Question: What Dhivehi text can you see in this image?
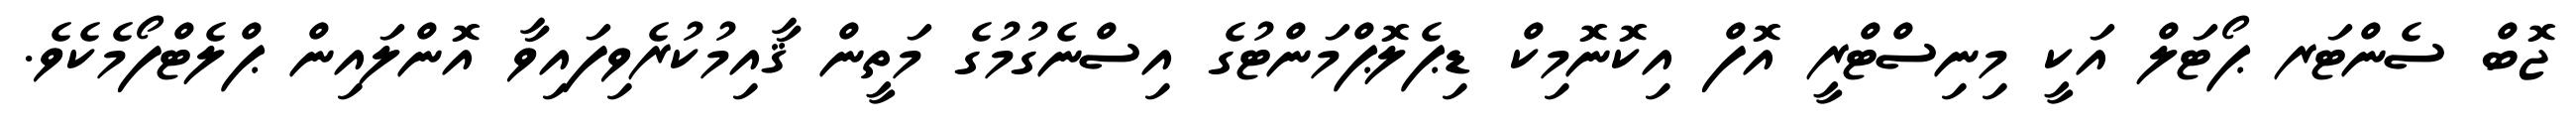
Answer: ޖޮބް ސެންޓަރ ޕޯޓަލް އަކީ މިނިސްޓްރީ އޮފް އިކޮނޮމިކް ޑިޕެލޮޕްމަންޓުގެ އިސްނެގުމުގެ މަތީން ޤާއިމުކުރެވިފައިވާ އޮންލައިން ޕްލެޓްފޯމެކެވެ.